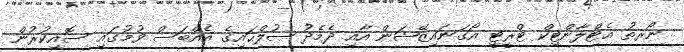
ނޯރތު އެޓްލާންޓިކް ޓްރީޓީ އޯގަނައިޒޭޝަން އާއި ދެމެދު ޞުލްޙައިގެ އެއްބަސް ވުމުގައި ސޮއިކުރުން